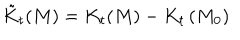
\tilde { K } _ { t } ( M ) = K _ { t } ( M ) - K _ { t } \left( M _ { 0 } \right)